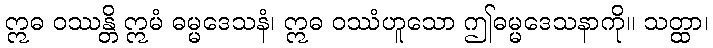
ဣဓ ဝဿန္တိ ဣမံ ဓမ္မဒေသနံ၊ ဣဓ ဝဿံဟူသော ဤဓမ္မဒေသနာကို။ သတ္ထာ၊